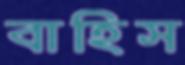
বাহিস